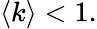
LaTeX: \langle k\rangle<1.